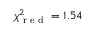
\chi _ { \textrm { r e d } } ^ { 2 } = 1 . 5 4